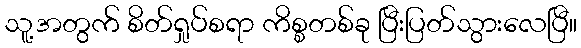
သူ့အတွက် စိတ်ရှုပ်စရာ ကိစ္စတစ်ခု ပြီးပြတ်သွားလေပြီ။